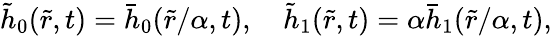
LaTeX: \tilde{h}_{0}(\tilde{r},t)=\bar{h}_{0}(\tilde{r}/\alpha,t),\quad\tilde{h}_{1}(\tilde{r},t)=\alpha\bar{h}_{1}(\tilde{r}/\alpha,t),